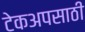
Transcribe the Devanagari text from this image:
टेकअपसाठी